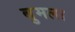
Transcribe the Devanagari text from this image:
बुमला